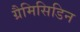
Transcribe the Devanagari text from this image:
ग्रैमिसिडिन